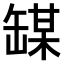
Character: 𫄼